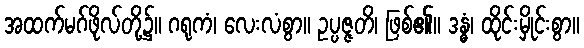
အထက်မဂ်ဖိုလ်တို့၌။ ဂရုကံ၊ လေးလံစွာ။ ဥပ္ပဇ္ဇတိ၊ ဖြစ်၏။ ဒန္ဓံ၊ ထိုင်းမှိုင်းစွာ။